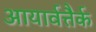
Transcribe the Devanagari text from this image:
आयार्वत्तैर्क